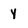
Character: y